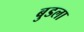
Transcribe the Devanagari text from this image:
बुडला